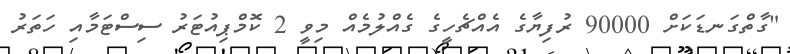
"ގާތްގަނޑަކަށް 90000 ރުފިޔާގެ އެއްޗެހީގެ ގެއްލުމެއް މިވީ 2 ކޮމްޕިއުޓަރު ސިސްޓަމާއި ހަތަރު